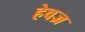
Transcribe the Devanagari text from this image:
हेवज्र